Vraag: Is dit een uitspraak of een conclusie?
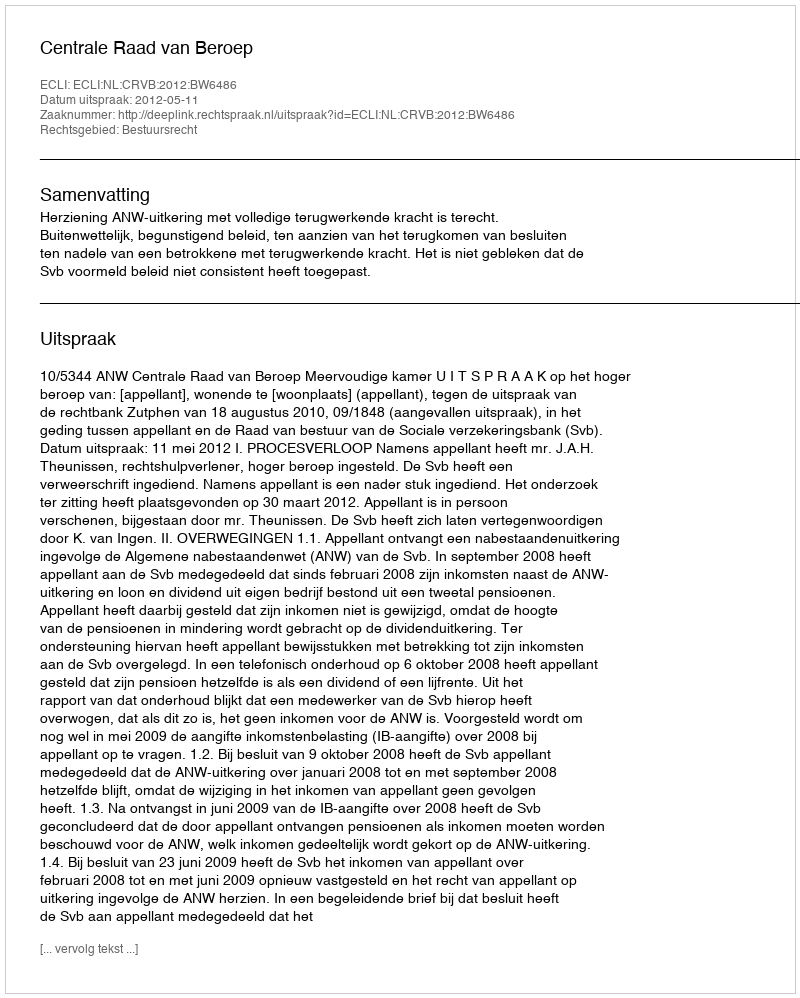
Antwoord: Uitspraak